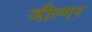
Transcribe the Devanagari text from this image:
जील्‍गर